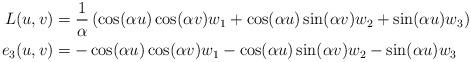
LaTeX: \begin{align*}L(u,v) &= \frac{1}{\alpha}\left(\cos(\alpha u) \cos(\alpha v) w_1 + \cos(\alpha u) \sin(\alpha v) w_2 + \sin(\alpha u) w_3\right)\\e_3(u,v) &= -\cos(\alpha u) \cos(\alpha v) w_1 - \cos(\alpha u) \sin(\alpha v) w_2 - \sin(\alpha u) w_3\end{align*}